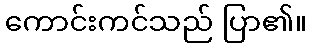
ကောင်းကင်သည် ပြာ၏။